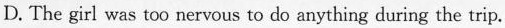
D. The girl was too nervous to do anything during the trip.